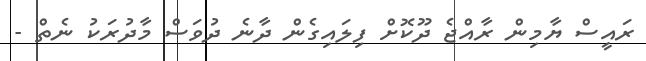
ރައީސް ޔާމިން ރާއްޖެ ދޫކޮށް ފިލައިގެން ދާނެ ދުވަސް މާދުރަކު ނެތް -